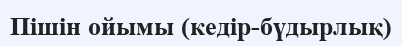
Пiшiн ойымы (кедiр-бүдырлық)